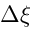
\Delta \xi